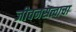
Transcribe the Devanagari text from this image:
जीवनसत्त्वाचा